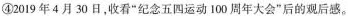
④2019年4月30日，收看”纪念五四运动100周年大会”后的观后感。